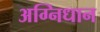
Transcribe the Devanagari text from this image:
अग्निधान